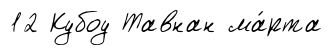
12 Кубоу Тавнан ма́рта